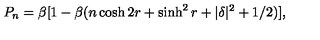
P _ { n } = \beta [ 1 - \beta ( n \cosh 2 r + \sinh ^ { 2 } r + | \delta | ^ { 2 } + 1 / 2 ) ] ,